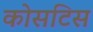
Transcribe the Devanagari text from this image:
कोसटिस